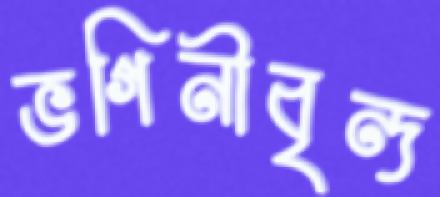
ভগিনীবৃন্দ